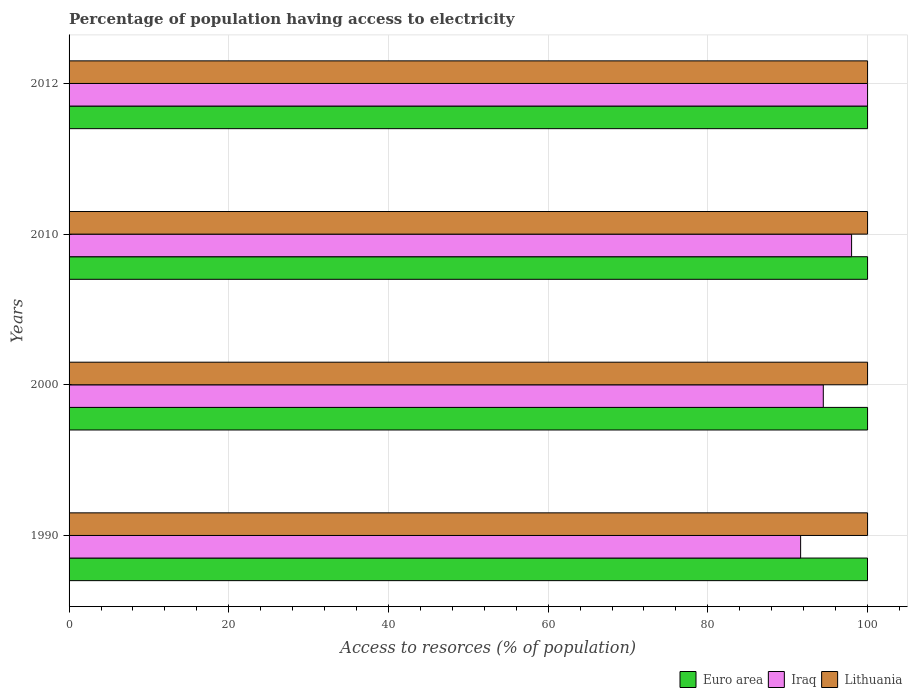
| Years | Euro area | Iraq | Lithuania |
 | --- | --- | --- | --- |
 | 1990 | 100 | 91.6 | 100 |
 | 2000 | 100 | 94.5 | 100 |
 | 2010 | 100 | 98 | 100 |
 | 2012 | 100 | 100 | 100 |